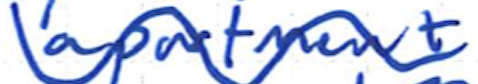
Text: apartment
Cross-out: mix
Writing tool: ballpoint